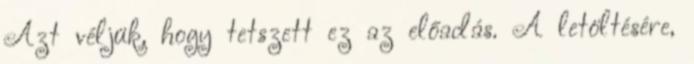
Azt véljük, hogy tetszett ez az előadás. A letöltésére,